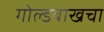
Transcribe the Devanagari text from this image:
गोल्डबाखचा